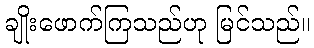
ချိုးဖောက်ကြသည်ဟု မြင်သည်။